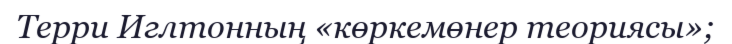
Терри Иглтонның «көркемөнер теориясы»;